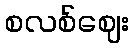
စလစ်ဈေး